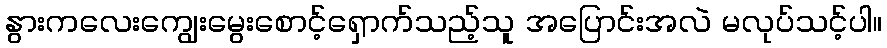
နွားကလေးကျွေးမွေးစောင့်ရှောက်သည့်သူ အပြောင်းအလဲ မလုပ်သင့်ပါ။